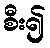
စီး၍